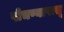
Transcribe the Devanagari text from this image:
पोचण्यापासू